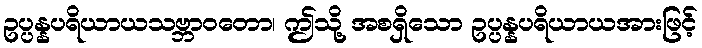
ဥပ္ပန္နပရိယာယသဗ္ဘာဝတော၊ ဤသို့ အစရှိသော ဥပ္ပန္နပရိယာယအားဖြင့်